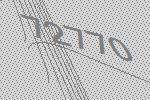
72770